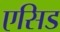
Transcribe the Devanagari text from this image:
एसिड